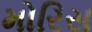
મોરિસ